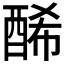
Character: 𨡂